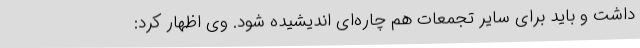
داشت و باید برای سایر تجمعات هم چاره‌ای اندیشیده شود. وی اظهار کرد: